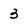
Character: 3